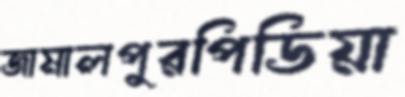
জামালপুরপিডিয়া